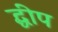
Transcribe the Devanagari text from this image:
द्धीप